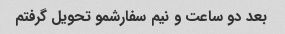
بعد دو ساعت و نیم سفارشمو تحویل گرفتم